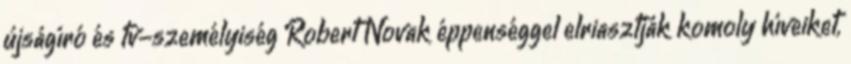
újságíró és tv-személyiség Robert Novak éppenséggel elriasztják komoly híveiket,